Vaccination in Bombay 1913-1923 - 1913-1923
Year: 1913
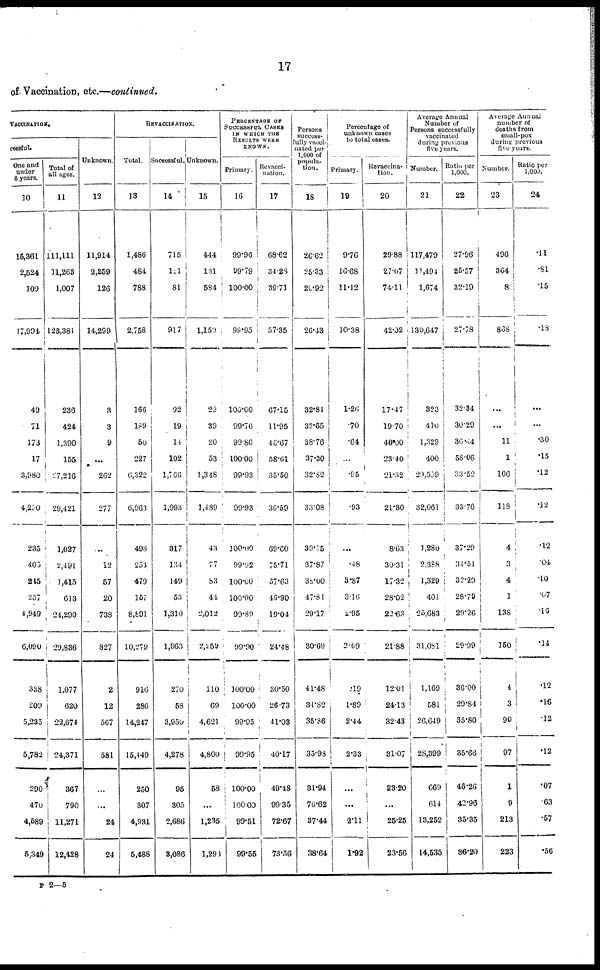
17
of Vaccination, etc.—continued.
VACCINATION.
cessful.
One and
under
6 years.
10
16,361
2,524
109
17,994
49
71
173
17
3,980
4,290
235
403
245
257
4,949
6,090
338
209
5,235
5,782
290
470
4,689
5,349
Total of
all ages.
11
111,111
11,263
1,007
123,381
236
424
1,390
155
27,216
29,421
1,027
2,491
1,415
613
24,290
29,836
1,077
620
22,674
24,371
367
790
11,271
12,428
Unknown.
12
11,914
2,259
126
14,299
3
3
9
...
262
277
...
12
57
20
738
827
2
12
567
581
...
...
24
24
REVACCINATION.
Total.
13
1,486
484
788
2,758
166
189
50
227
6,322
6,963
498
254
479
157
8,891
10,279
916
286
14,247
15,449
250
307
4,931
5,488
Successful.
14
715
121
81
917
92
19
14
102
1,766
1,993
317
134
149
53
1,310
1,963
270
58
3,950
4,278
95
305
2,686
3,086
Unknown.
15
444
131
584
1,159
29
39
20
53
1,348
1,489
43
77
83
44
2,012
2,259
110
69
4,621
4,800
58
...
1,235
1,298
PERCENTAGE OF
SUCCESSFUL CASES
IN WHICH THE
RESULTS WERE
KNOWN.
Primary.
16
99.96
99.79
100.00
99.95
100.00
99.76
99.86
100.00
99.93
99.93
100.00
99.92
100.00
100.00
99.89
99.90
100.00
100.00
99.95
99.95
100.00
100.00
99.51
99.55
Revacci-
nation.
17
68.62
34.23
39.71
57.35
67.15
11.95
46.67
58.61
35.50
36.59
69.60
75.71
37.63
46.90
19.04
24.48
30.50
26.73
41.03
40.17
49.48
99.35
72.67
73.56
Persons
success-
fully vacci-
nated per
1,000 of
popula-
tion.
18
26.62
25.33
20.92
26.43
32.81
32.65
38.76
37.30
32.82
33.08
39.15
37.87
38.00
47.81
29.17
30.69
41.48
34.S2
35.36
35.93
31.94
76.62
37.44
38.64
Percentage of
unknown cases
to total oases.
Primary.
19
9.76
16.68
11.12
10.38
1.26
.70
.64
...
.95
.93
...
.48
3.87
3.16
2.95
2.69
.19
1.89
2.44
2.33
...
...
2.11
1.92
Revaccina¬
tion.
20
29.88
27.07
74.11
42.02
17.47
19.70
40.00
23.40
21.32
21.30
8.63
30.31
17.32
28.02
22.63
21.88
12.01
24.13
32.43
31.07
23.20
...
25.25
23.56
Average Annual
Number of
Persons successfully
vaccinated
during previous
five years.
Number.
21
117,479
11,494
1,674
130,647
323
410
1,329
400
29,509
32,061
3,280
2,388
1,329
401
25,683
31,081
1,169
581
26,649
28,399
669
614
13,252
14,535
Ratio per
1,000.
22
27.96
25.57
32.19
27.78
32.34
30.29
30.44
58.06
33.52
33.76
37.29
34.54
32.29
28.79
20.26
29.99
36.00
29.84
35.80
35.66
46.26
42.96
35.35
86.20
Average Annual
number of
deaths from
small-pox
during previous
five years.
Number.
23
496
364
8
868
...
...
11
1
106
118
4
3
4
1
138
150
4
3
90
97
1
9
213
223
Ratio per
1,000.
24
.11
.81
.15
.13
...
...
.30
.15
.12
.12
.12
.04
10
.07
.10
.34
.12
.16
.12
.12
.07
.63
.57
.56
P 2—5